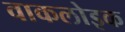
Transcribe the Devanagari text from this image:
वाकलोइक